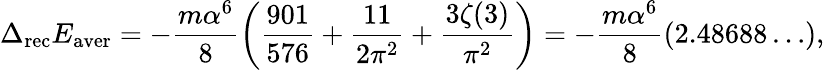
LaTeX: \Delta_{\mathrm{rec}}E_{\mathrm{aver}}=-\frac{m\alpha^{6}}{8}\left(\frac{901}{576}+\frac{11}{2\pi^{2}}+\frac{3\zeta(3)}{\pi^{2}}\right)=-\frac{m\alpha^{6}}{8}(2.48688\ldots),